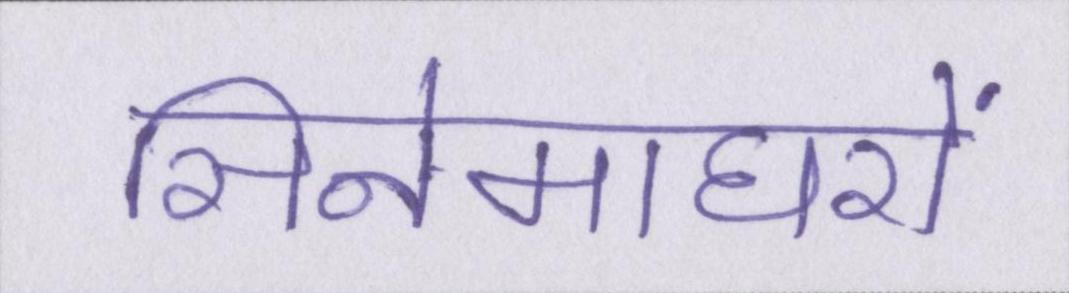
सिनेमाघरों